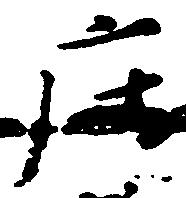
庄